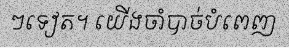
ៗទៀត។ យើងចាំបាច់បំពេញ